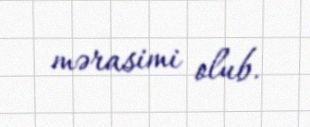
mərasimi olub.